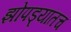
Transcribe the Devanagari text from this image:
झोपड्यांतच